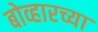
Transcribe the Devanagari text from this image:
बोव्हारच्या